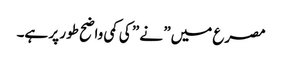
مصرع میں” نے ” کی کمی واضح طور پر ہے۔